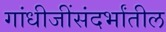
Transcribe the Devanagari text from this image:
गांधीजींसंदर्भांतील